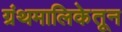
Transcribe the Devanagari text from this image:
ग्रंथमालिकेतून